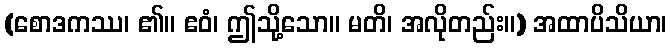
(စောဒကဿ၊ ၏။ ဧဝံ၊ ဤသို့သော။ မတိ၊ အလိုတည်း။) အထာပိသိယာ၊